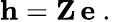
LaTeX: \mathbf{h}=\mathbf{Z}\thinspace\mathbf{e}\mathrm{~.~}